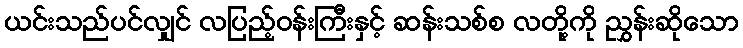
ယင်းသည်ပင်လျှင် လပြည့်ဝန်းကြီးနှင့် ဆန်းသစ်စ လတို့ကို ညွှန်းဆိုသော